Annual report of the Civil Veterinary Department, Bengal, and of the Bengal Veterinary College for the year 1904-1905 - 1904-1905
Year: 1904
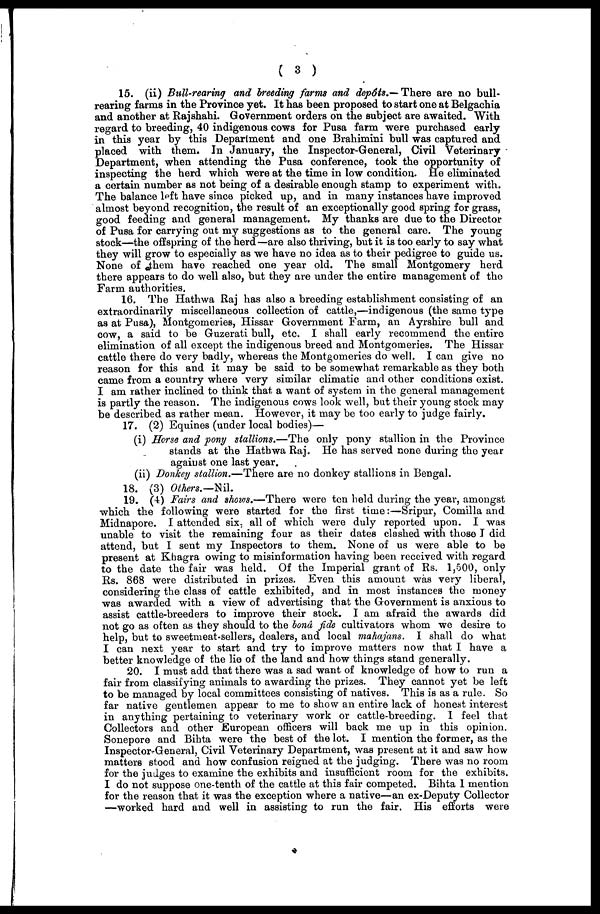
( 3 )
15. (ii) Bull-rearing and breeding farms and depôts.—There are no bull-
rearing farms in the Province yet. It has been proposed to start one at Belgachia
and another at Rajshahi. Government orders on the subject are awaited. With
regard to breeding, 40 indigenous cows for Pusa farm were purchased early
in this year by this Department and one Brahimini bull was captured and
placed with them. In January, the Inspector-General, Civil Veterinary
Department, when attending the Pusa conference, took the opportunity of
inspecting the herd which were at the time in low condition. He eliminated
a certain number as not being of a desirable enough stamp to experiment with.
The balance left have since picked up, and in many instances have improved
almost beyond recognition, the result of an exceptionally good spring for grass,
good feeding and general management. My thanks are due to the Director
of Pusa for carrying out my suggestions as to the general care. The young
stock—the offspring of the herd—are also thriving, but it is too early to say what
they will grow to especially as we have no idea as to their pedigree to guide us.
None of them have reached one year old. The small Montgomery herd
there appears to do well also, but they are under the entire management of the
Farm authorities.
16. The Hathwa Raj has also a breeding establishment consisting of an
extraordinarily miscellaneous collection of cattle,—indigenous (the same type
as at Pusa), Montgomeries, Hissar Government Farm, an Ayrshire bull and
cow, a said to be Guzerati bull, etc. I shall early recommend the entire
elimination of all except the indigenous breed and Montgomeries. The Hissar
cattle there do very badly, whereas the Montgomeries do well. I can give no
reason for this and it may be said to be somewhat remarkable as they both
came from a country where very similar climatic and other conditions exist.
I am rather inclined to think that a want of system in the general management
is partly the reason. The indigenous cows look well, but their young stock may
be described as rather mean. However, it may be too early to judge fairly.
17. (2) Equine8 (under local bodies)—
(i) Horse and pony stallions.—The only pony stallion in the Province
stands at the Hathwa Raj. He has served none during the year
against one last year.
(ii) Donkey stallion.—There are no donkey stallions in Bengal.
18. (3) Others.—Nil.
19. (4) Fairs and shows.—There were ten held during the year, amongst
which the following were started for the first time:—Sripur, Comilla and
Midnapore. I attended six, all of which were duly reported upon. I was
unable to visit the remaining four as their dates clashed with those I did
attend, but I sent my Inspectors to them. None of us were able to be
present at Khagra owing to misinformation having been received with regard
to the date the fair was held. Of the Imperial grant of Rs. 1,500, only
Rs. 868 were distributed in prizes. Even this amount was very liberal,
considering the class of cattle exhibited, and in most instances the money
was awarded with a view of advertising that the Government is anxious to
assist cattle-breeders to improve their stock. I am afraid the awards did
not go as often as they should to the bond fide cultivators whom we desire to
help, but to sweetmeat-sellers, dealers, and local mahajans. I shall do what
I can next year to start and try to improve matters now that I have a
better knowledge of the lie of the land and how things stand generally.
20. I must add that there was a sad want of knowledge of how to run a
fair from classifying animals to awarding the prizes. They cannot yet be left
to be managed by local committees consisting of natives. This is as a rule. So
far native gentlemen appear to me to show an entire lack of honest interest
in anything pertaining to veterinary work or cattle-breeding. I feel that
Collectors and other European officers will back me up in this opinion.
Sonepore and Bihta were the best of the lot. I mention the former, as the
Inspector-General, Civil Veterinary Department, was present at it and saw how
matters stood and how confusion reigned at the judging. There was no room
for the judges to examine the exhibits and insufficient room for the exhibits.
I do not suppose one-tenth of the cattle at this fair competed. Bihta I mention
for the reason that it was the exception where a native—an ex-Deputy Collector
—worked hard and well in assisting to run the fair. His efforts were